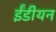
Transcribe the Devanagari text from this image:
ईंडीयन